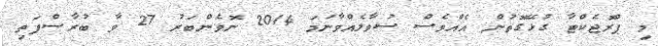
މި ޕްރޮޖެކްޓާ ގުޅޭގޮތުން އެއްވެސް ސުވާލެއްވާނަމަ 2014 ނޮވެންބަރު 27 ވާ ބުރާސްފަތި